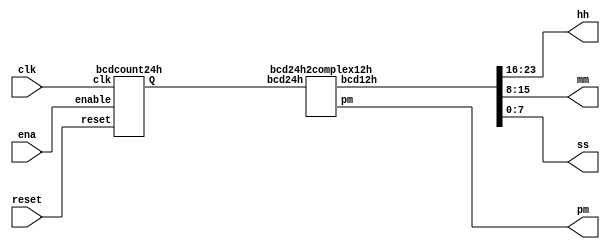
/*

Copyright 2022 Marc Ketel
SPDX-License-Identifier: Apache-2.0

*/

`default_nettype none

module top_module (
    input wire clk,
    input wire reset,
    input wire ena,
    output wire pm,
    output wire [7:0] hh,
    output wire [7:0] mm,
    output wire [7:0] ss
);

  wire [23:0] bcd24h;

  bcdcount24h standard_time_format (
      .clk(clk),
      .reset(reset),
      .enable(ena),
      .Q(bcd24h)
  );

  bcd24h2complex12h really_complex_time_format (
      .bcd24h(bcd24h),
      .pm(pm),
      .bcd12h({hh, mm, ss})
  );

endmodule

module bcdcount24h (
    input wire clk,
    input wire reset,
    input wire enable,
    output wire [23:0] Q
);

  reg [3:0] seconds0;
  reg [3:0] seconds1;
  reg [3:0] minutes0;
  reg [3:0] minutes1;
  reg [3:0] hours0;
  reg [3:0] hours1;

  wire increment_seconds1, increment_minutes0, increment_minutes1, increment_hours0, increment_hours1;
  assign increment_seconds1 = seconds0 == 4'd9;
  assign increment_minutes0 = seconds1 == 4'd5 && increment_seconds1;
  assign increment_minutes1 = minutes0 == 4'd9 && increment_minutes0;
  assign increment_hours0   = minutes1 == 4'd5 && increment_minutes1;
  assign increment_hours1   = hours0 == 4'd9 && increment_hours0;

  always @(posedge clk) begin
    if (reset) {hours1, hours0, minutes1, minutes0, seconds1, seconds0} = 24'd0;
    else if (enable) begin
      if ({hours1, hours0, minutes1, minutes0, seconds1, seconds0} == 24'h235959) begin
        {hours1, hours0, minutes1, minutes0, seconds1, seconds0} <= 24'd0;
      end else begin
        if (increment_hours1) begin
          {hours0, minutes1, minutes0, seconds1, seconds0} <= 1'd0;
          hours1 <= hours1 + 1'd1;
        end else if (increment_hours0) begin
          {minutes1, minutes0, seconds1, seconds0} <= 1'd0;
          hours0 <= hours0 + 1'd1;
        end else if (increment_minutes1) begin
          {minutes0, seconds1, seconds0} <= 1'd0;
          minutes1 <= minutes1 + 1'd1;
        end else if (increment_minutes0) begin
          {seconds1, seconds0} <= 1'd0;
          minutes0 <= minutes0 + 1'd1;
        end else if (increment_seconds1) begin
          {seconds0} <= 1'd0;
          seconds1   <= seconds1 + 1'd1;
        end else begin
          seconds0 = seconds0 + 1'd1;
        end
      end

    end
  end

  assign Q = {hours1, hours0, minutes1, minutes0, seconds1, seconds0};

endmodule

module bcd24h2complex12h (
    input wire [23:0] bcd24h,
    output reg pm,
    output reg [23:0] bcd12h
);

  always @(*) begin
    if (bcd24h >= 24'h000000 & bcd24h < 24'h010000) begin
      bcd12h = bcd24h + 24'h120000;
    end else if (bcd24h >= 24'h130000 & bcd24h < 24'h200000) begin
      bcd12h = bcd24h - 24'h120000;
    end else if (bcd24h >= 24'h200000 & bcd24h < 24'h220000) begin
      bcd12h = bcd24h - 24'h180000;
    end else if (bcd24h >= 24'h220000) begin
      bcd12h = bcd24h - 24'h120000;
    end else begin
      bcd12h = bcd24h;
    end

    if (bcd24h < 24'h120000) pm = 0;
    else pm = 1;
  end
endmodule